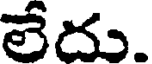
లేదు.